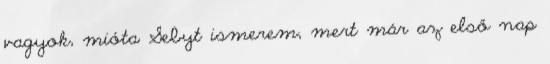
vagyok, mióta Sebyt ismerem, mert már az első nap